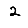
Digit: 2